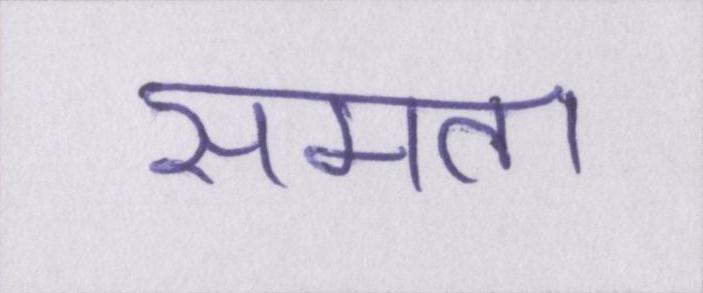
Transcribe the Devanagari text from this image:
समता